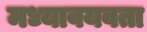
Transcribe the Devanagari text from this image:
मध्यावयवता